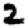
Digit: 2